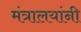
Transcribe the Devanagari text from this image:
मंत्रालयांनी